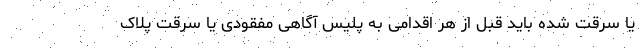
یا سرقت شده باید قبل از هر اقدامی به پلیس آگاهی مفقودی یا سرقت پلاک